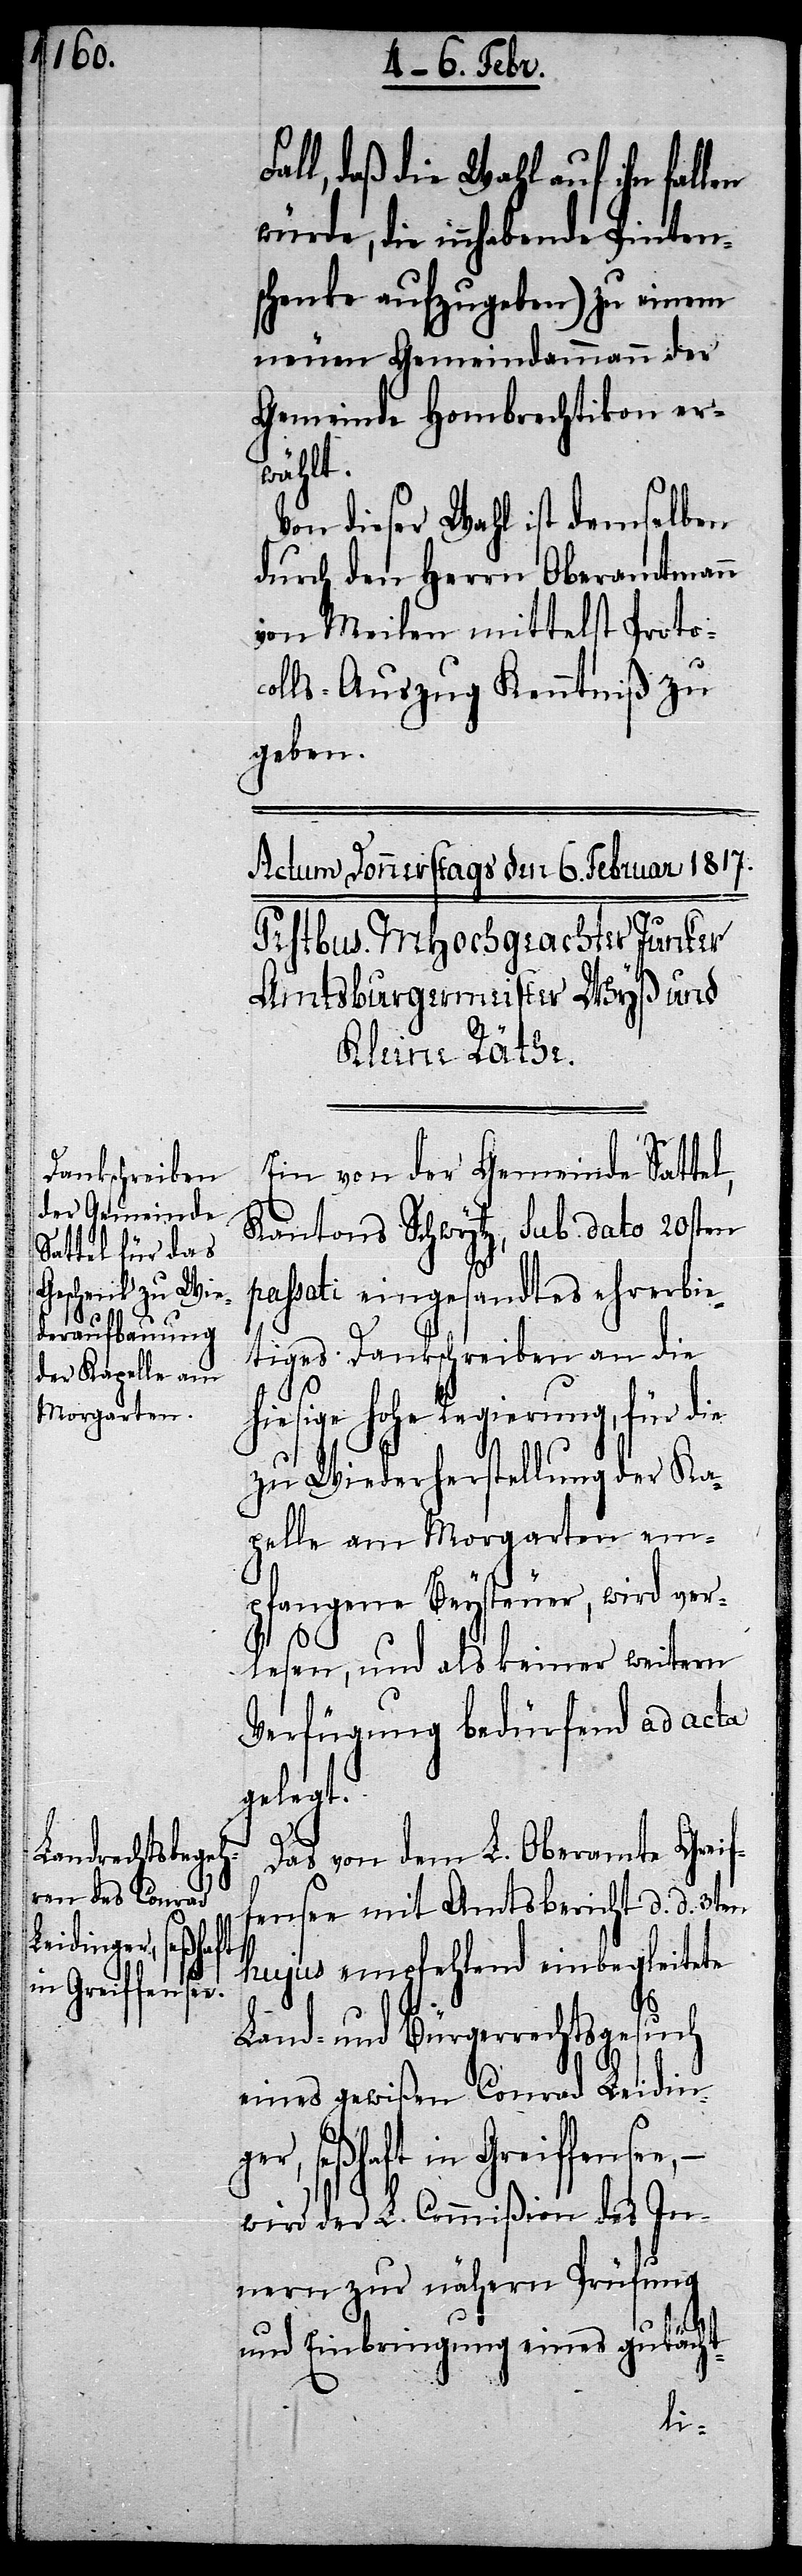
all, daß die Wahl auf ihn fal¬
würde, die innhabende Pinten¬
schenke aufzugeben) zu einem
neuen Gemeindammann der
Gemeinde Hombrechtikon er¬
wählt.
Von dieser Wahl ist demselben
durch den Herrn Oberamtmann
von Meilen mittelst Protoc¬
olls-Auszug Kenntniß zu
geben.
Ein von der Gemeinde Satte¬
Kantons Schwytz, sub dato 20sten
passati eingesandtes ehrerbie¬
tiges Dankschreiben an die
hiesige hohe Regierung, für die
zu Wiederherstellung der Ka¬
pelle am Morgarten em¬
pfangene Beysteuer, wird ver¬
lesen, und als keiner weitern
Verfügung bedürfend ad acta
gelegt.
Das von dem L. Oberamte Greif¬
fensee mit Amtsbericht d. d. 3ten
hujus empfehlend einbegleitete
Land- und Bürgerrechtsgesuch
eines gewißen Conrad Leidin¬
ger, seßhaft in Greiffensee,
wird der L. Commißion des In¬
nern zur nähern Prüfung
l,
und Einbringung eines gutächt-